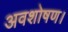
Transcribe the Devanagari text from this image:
अवशोषण।